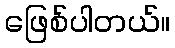
ဖြေစ်ပါတယ်။